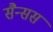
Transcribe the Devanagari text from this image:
सैन्सस